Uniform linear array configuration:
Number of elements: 64
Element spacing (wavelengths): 1
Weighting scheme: hann
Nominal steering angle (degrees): -60
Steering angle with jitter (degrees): -60.655
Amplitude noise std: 0.05
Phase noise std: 0.05

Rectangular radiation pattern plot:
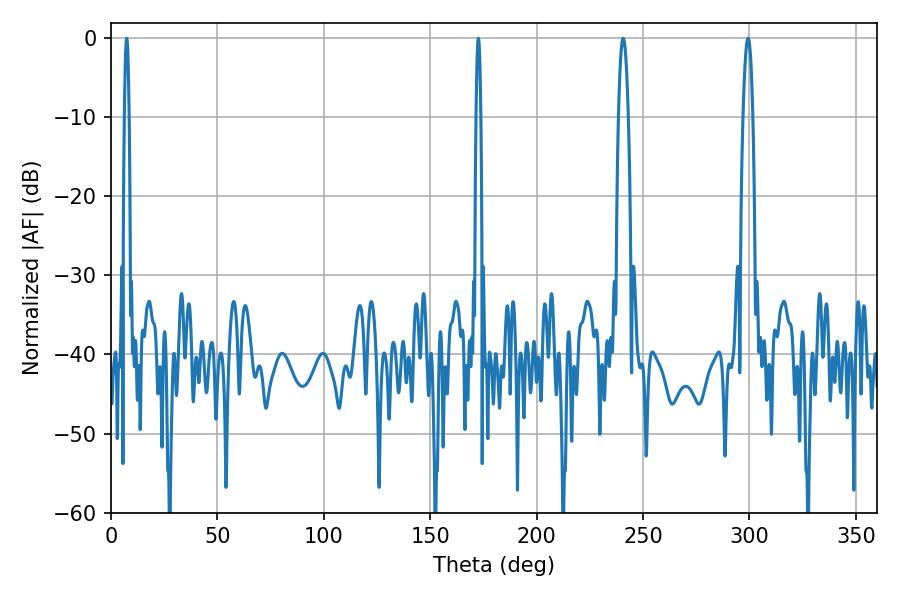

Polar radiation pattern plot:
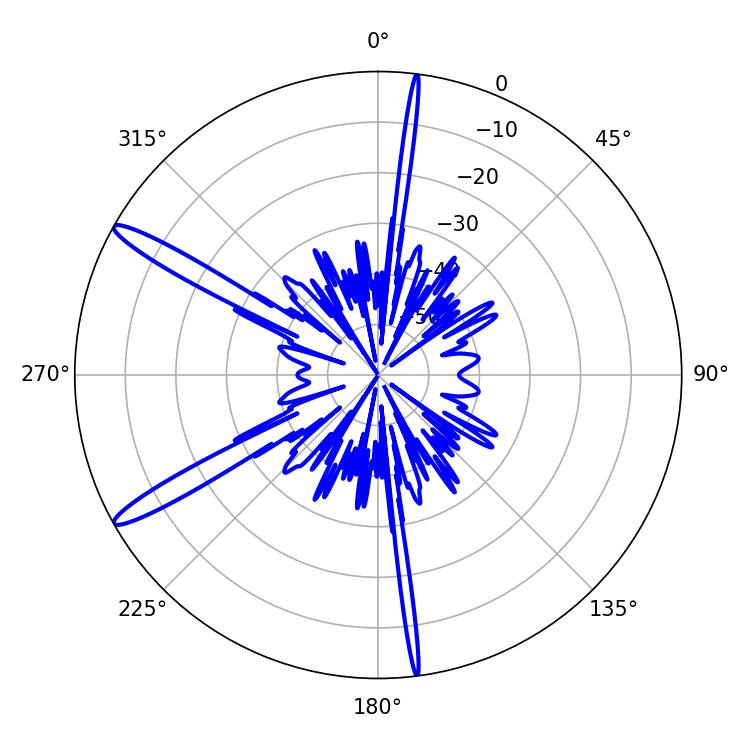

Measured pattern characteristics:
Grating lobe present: TRUE
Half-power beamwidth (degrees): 2.52
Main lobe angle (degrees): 240.66